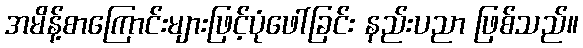
အမိန့်စာကြောင်းများဖြင့်ပုံဖေါ်ခြင်း နည်းပညာ ဖြစ်သည်။